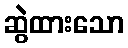
ဆွဲထားသော